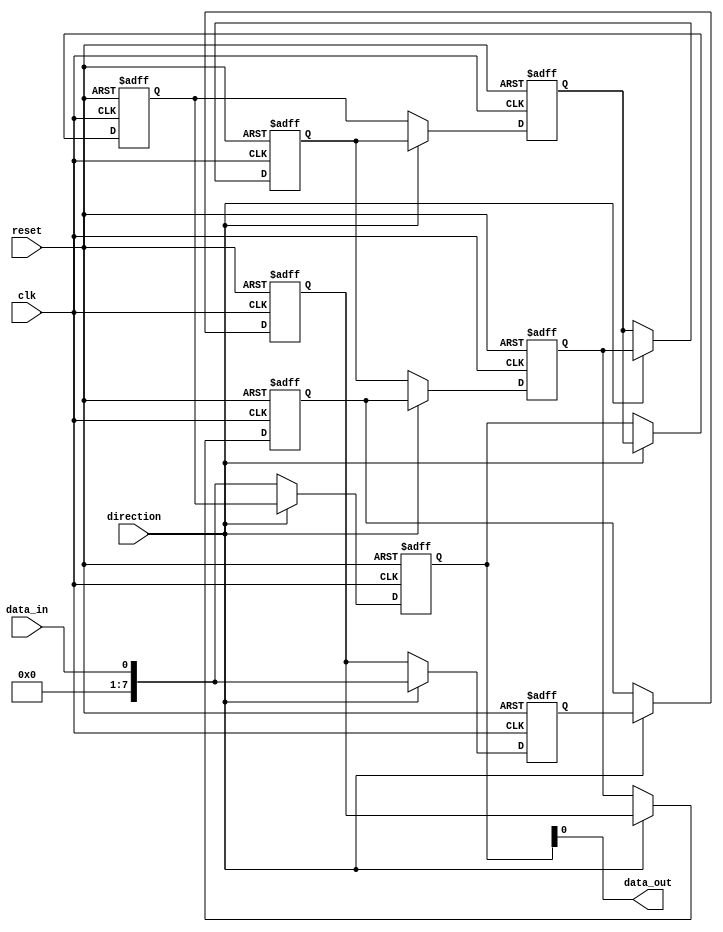
module bidirectional_shift_register (
    input wire clk, // Clock signal
    input wire reset, // Reset signal
    input wire direction, // Control signal for shifting direction
    input wire data_in, // Input data
    output wire data_out // Output data
);

reg [7:0] register [7:0]; // Array of 8-bit registers
integer i;

always @(posedge clk or posedge reset) begin
    if (reset) begin
        for (i = 0; i < 8; i = i + 1) begin
            register[i] <= 8'b0;
        end
    end else begin
        if (direction) begin // Shift right
            for (i = 7; i > 0; i = i - 1) begin
                register[i] <= register[i - 1];
            end
            register[0] <= data_in;
        end else begin // Shift left
            for (i = 0; i < 7; i = i + 1) begin
                register[i] <= register[i + 1];
            end
            register[7] <= data_in;
        end
    end
end

assign data_out = register[7]; // Output from the last flip-flop

endmodule